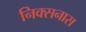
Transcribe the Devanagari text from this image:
निक्सनास